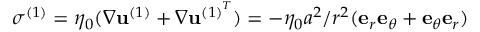
\boldsymbol { \sigma } ^ { ( 1 ) } = \eta _ { 0 } ( \boldsymbol { \nabla } \mathbf { u } ^ { ( 1 ) } + \boldsymbol { \nabla } \mathbf { u } ^ { { ( 1 ) } ^ { T } } ) = - \eta _ { 0 } { a } ^ { 2 } / r ^ { 2 } ( \mathbf { e } _ { r } \mathbf { e } _ { \theta } + \mathbf { e } _ { \theta } \mathbf { e } _ { r } )